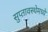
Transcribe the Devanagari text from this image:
सुप्‍तावस्थेमध्ये